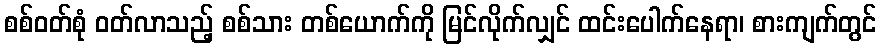
စစ်ဝတ်စုံ ဝတ်လာသည့် စစ်သား တစ်ယောက်ကို မြင်လိုက်လျှင် ထင်းပေါက်နေရာ၊ စားကျက်တွင်